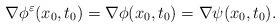
LaTeX: \begin{align*}\nabla \phi^{\varepsilon}(x_0,t_0)=\nabla \phi(x_0,t_0)=\nabla \psi (x_0,t_0). \end{align*}